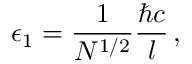
\epsilon _ { 1 } = \frac { 1 } { N ^ { 1 / 2 } } \frac { \hbar c } { l } \, ,